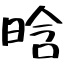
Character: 晗